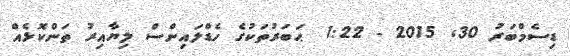
ޑިސެމްބަރު 30